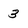
Character: 3